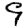
Digit: 9